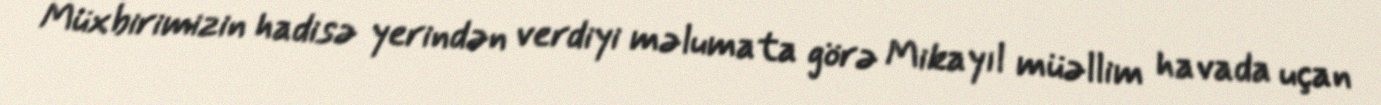
Müxbirimizin hadisə yerindən verdiyi məlumata görə Mikayıl müəllim havada uçan